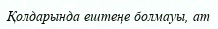
Қолдарында ештеңе болмауы, ат